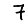
Digit: 7